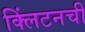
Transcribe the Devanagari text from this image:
क्लिंटनची